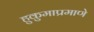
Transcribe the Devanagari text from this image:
हुकुमाप्रमाणे